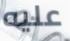
عليه